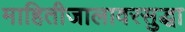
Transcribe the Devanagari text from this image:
माहितीजालावरसुद्धा